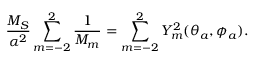
\frac { M _ { S } } { \alpha ^ { 2 } } \sum _ { m = - 2 } ^ { 2 } \frac { 1 } { M _ { m } } = \sum _ { m = - 2 } ^ { 2 } Y _ { m } ^ { 2 } ( \theta _ { a } , \phi _ { a } ) .